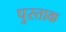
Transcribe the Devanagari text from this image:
पुस्ताक